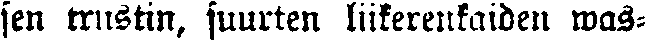
sen trustin, suurten liikerenkaiden was-